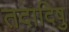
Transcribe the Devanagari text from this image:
तदादिषु